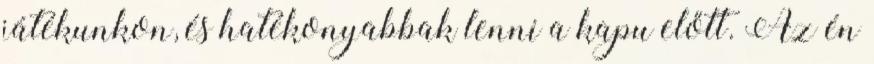
játékunkon, és hatékonyabbak lenni a kapu előtt. Az én